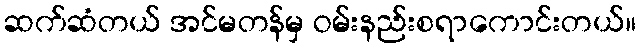
ဆက်ဆံတယ် အင်မတန်မှ ဝမ်းနည်းစရာကောင်းတယ်။